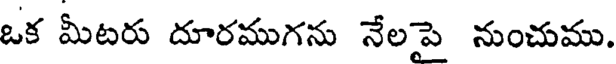
ఒక మీటరు దూరముగను నేలపై నుంచుము.